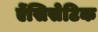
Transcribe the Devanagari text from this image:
ऐंसिसेटिक